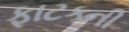
ફાટકની